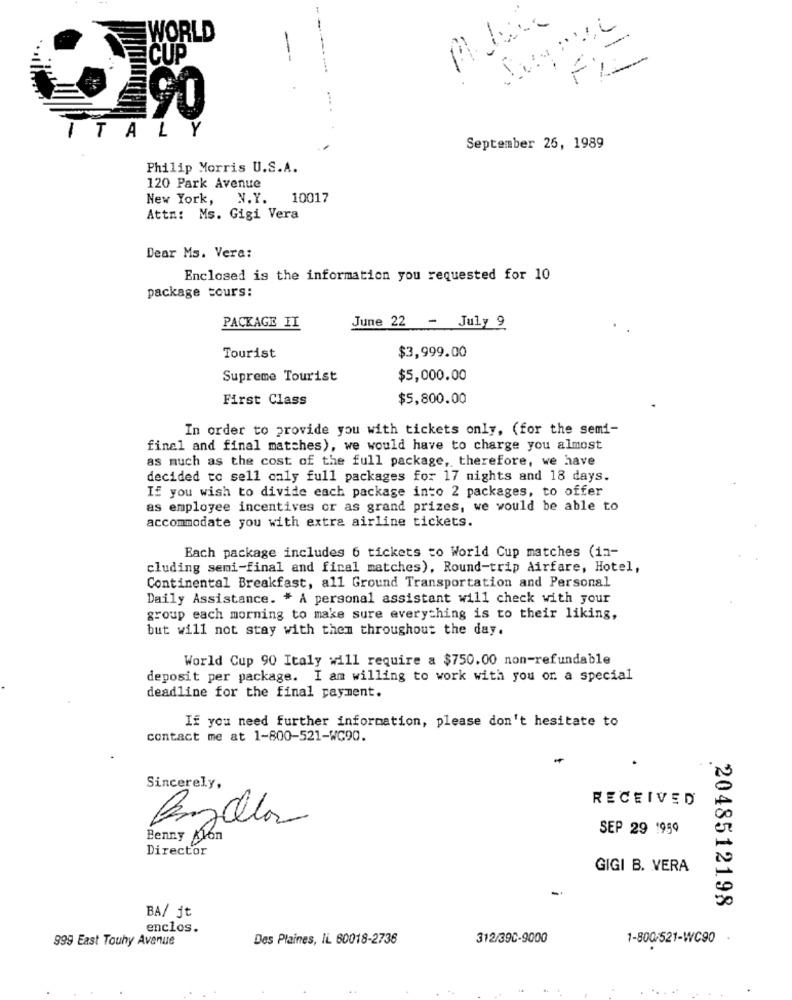
WORLD
-
CUP
--
...
90
TALY
September 26, 1989
Philip Morris U.S.A.
120 Park Avenue
New York,
N.Y.
10017
Attn: Ms. Gigi Vera
Dear Ms. Vera:
Enclosed is the information you requested for 10
package tours:
June 22 - July 9
PACKAGE II
$3,999.00
Tourist
Supreme Tourist
$5,000.00
First Class
$5,800.00
In order to provide you with tickets only, (for the semi-
final and final matches), we would have to charge you almost
as much as the cost of the full package, therefore, we have
decided to sell caly full packages for 17 nights and 18 days.
If you wish to divide each package into 2 packages, to offer
as employee incentives or as grand prizes, we would be able to
accommodate you with extra airline tickets.
Each package includes 6 tickets to World Cup matches (12-
cluding semi-final and final matches), Round-trip Airfare, Hotel,
Continental Breakfast, all Ground Transportation and Personal
Daily Assistance. * A personal assistant will check with your
group each morning to make sure everything is to their liking,
but will not stay with them throughout the day.
World Cup 90 Italy will require a $750.00 non-refundable
deposit per package. I am willing to work with you or a special
deadline for the final payment.
If you need further information, please don't hesitate to
contact me at 1-800-521-WC90.
Sincerely,
RECEIVED
SEP 29 1959
Benny Alon
Director
GIGI B. VERA
2048512198
BA/ jt
enclos.
999 East Touhy Avenue
Des Plaines, IL 60018-2736
312/390-9000
1-800/521-WC90
-.